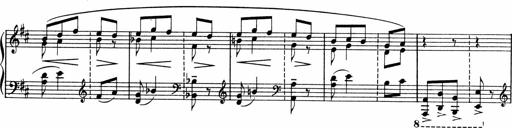
Title: Sonatine pour piano
Composer: Albert Roussel